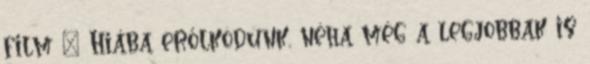
film ♥ Hiába erőlködünk, néha még a legjobbak is